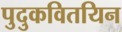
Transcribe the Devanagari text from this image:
पुदुकवितयिन